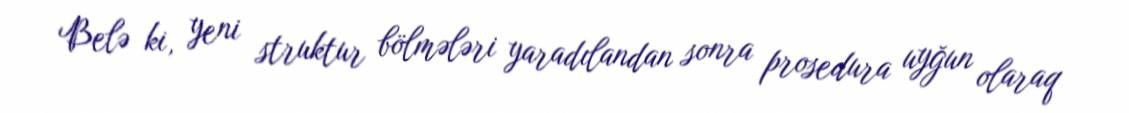
Belə ki, yeni struktur bölmələri yaradılandan sonra prosedura uyğun olaraq